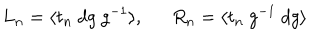
L _ { n } = \langle t _ { n } ~ d g ~ g ^ { - 1 } \rangle , R _ { n } = \langle t _ { n } ~ g ^ { - 1 } ~ d g \rangle